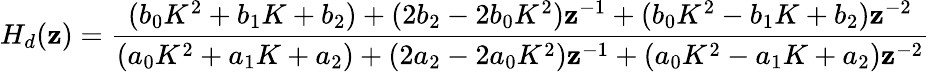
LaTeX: H_{d}(\mathbf{z})={\frac{{(b_{0}K^{2}+b_{1}K+b_{2})+(2b_{2}-2b_{0}K^{2})\mathbf{z}^{-1}+(b_{0}K^{2}-b_{1}K+b_{2})\mathbf{z}^{-2}}}{{(a_{0}K^{2}+a_{1}K+a_{2})+(2a_{2}-2a_{0}K^{2})\mathbf{z}^{-1}+(a_{0}K^{2}-a_{1}K+a_{2})\mathbf{z}^{-2}}}}